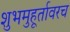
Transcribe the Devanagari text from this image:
शुभमुहूर्तावरच